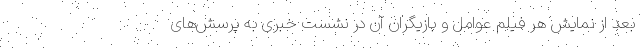
بعد از نمایش هر فیلم عوامل و بازیگران آن در نشست خبری به پرسش‌های